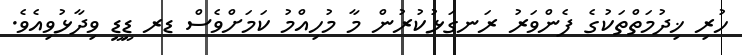
ހުރި ޚިދުމަތްތަކުގެ ފެންވަރު ރަނގަޅުކުރުން މާ މުހިއްމު ކަމަށްވެސް ޑރ ޑީޑީ ވިދާޅުވިއެވެ.